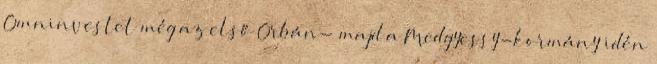
Omninvestet még az első Orbán- majd a Medgyessy-kormány idén